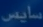
سافین